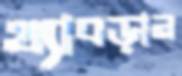
থ্যাবড়ান